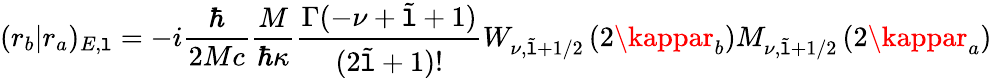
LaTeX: (r_{b}|r_{a})_{E,\mathtt{l}}=-i\frac{{\hbar}}{{2Mc}}\frac{{M}}{{\hbar\kappa}}\frac{{\Gamma(-\nu+\tilde{{\mathtt{l}}}+1)}}{{(2\tilde{{\mathtt{l}}}+1)!}}W_{\nu,\tilde{{\mathtt{l}}}+1/2}\left(2\kappar_{b}\right)M_{\nu,\tilde{{\mathtt{l}}}+1/2}\left(2\kappar_{a}\right)